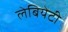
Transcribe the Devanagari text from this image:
लेबियेटी